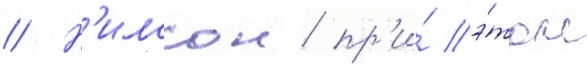
// Н'илссон пр'и́ э́том